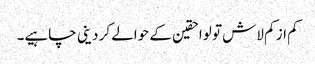
کم از کم لاش تو لواحقین کے حوالے کر دینی چاہیے۔